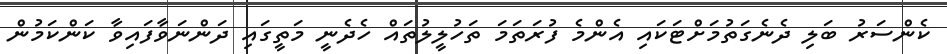
ކެންސަރު ބަލި ދެނެގަތުމަށްޓަކައި އެންމެ ފުރަތަމަ ތަހުލީލުތައް ހެދެނީ މަތީގައި ދަންނަވާފައިވާ ކަންކަމުން